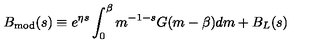
B _ { \mathrm { m o d } } ( s ) \equiv e ^ { \eta s } \int _ { 0 } ^ { \beta } m ^ { - 1 - s } G ( m - \beta ) d m + B _ { L } ( s )